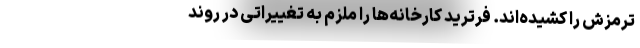
ترمزش را کشیده‌اند. فرترید کارخانه‌ها را ملزم به تغییراتی در روند